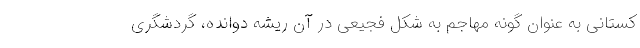
کستانی به عنوان گونه مهاجم به شکل فجیعی در آن ریشه دوانده، گردشگری